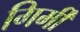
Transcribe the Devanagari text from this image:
गिर्मी